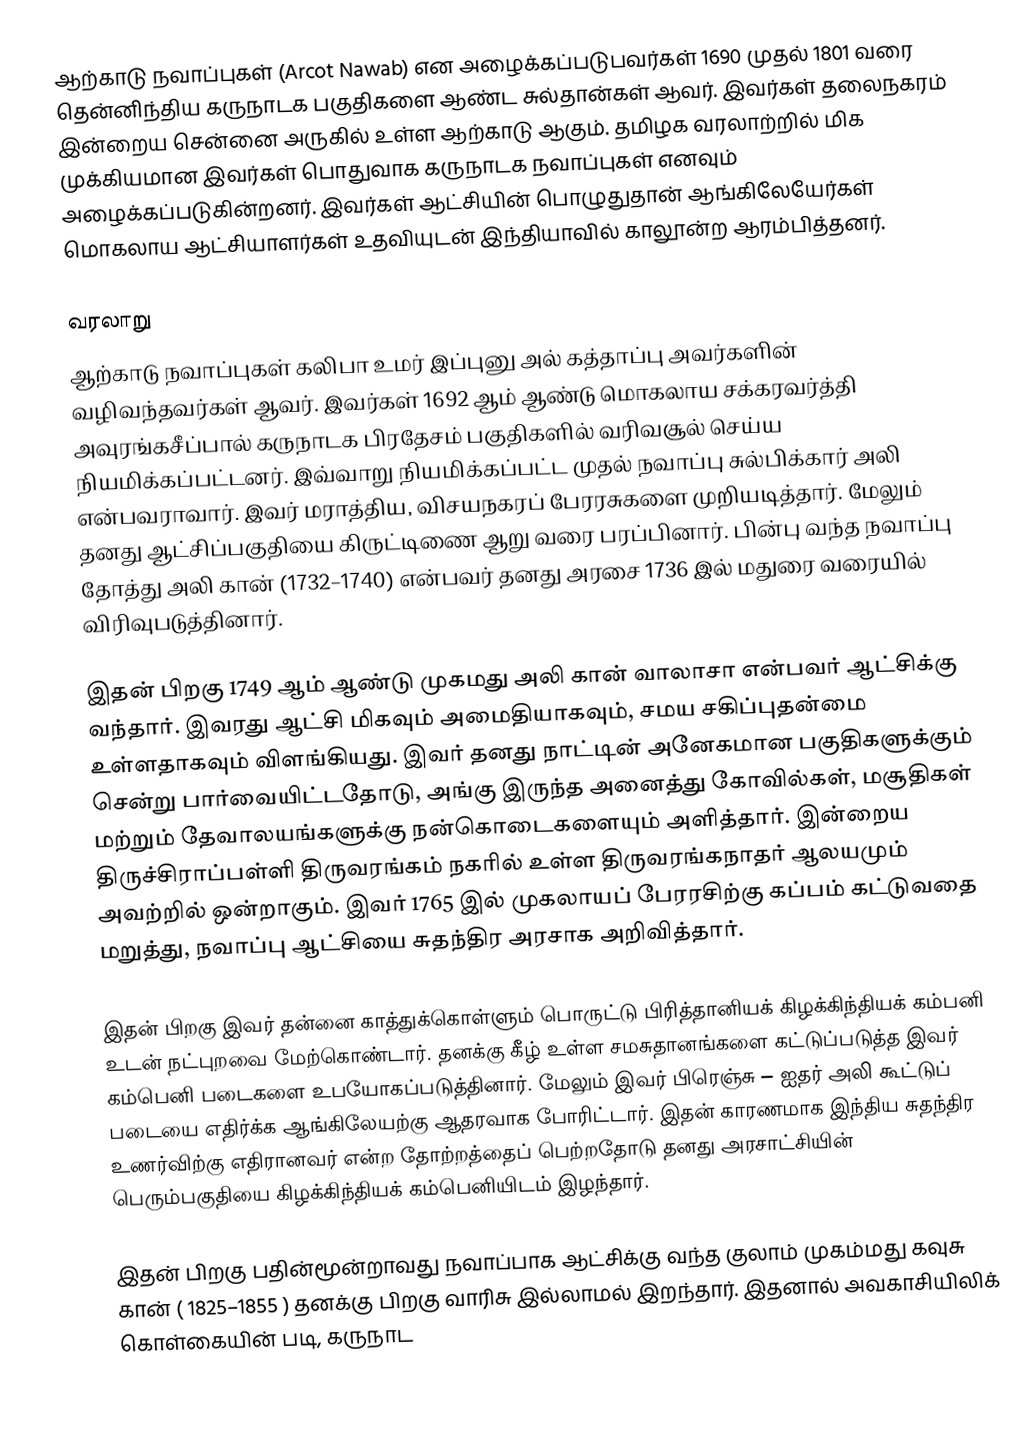
ஆற்காடு நவாப்புகள் (Arcot Nawab) என அழைக்கப்படுபவர்கள் 1690 முதல் 1801 வரை தென்னிந்திய கருநாடக பகுதிகளை ஆண்ட சுல்தான்கள் ஆவர்.  இவர்கள் தலைநகரம் இன்றைய சென்னை அருகில் உள்ள ஆற்காடு ஆகும். தமிழக வரலாற்றில் மிக முக்கியமான இவர்கள் பொதுவாக கருநாடக நவாப்புகள் எனவும் அழைக்கப்படுகின்றனர். இவர்கள் ஆட்சியின் பொழுதுதான் ஆங்கிலேயேர்கள் மொகலாய ஆட்சியாளர்கள் உதவியுடன்  இந்தியாவில் காலூன்ற ஆரம்பித்தனர்.

வரலாறு
ஆற்காடு நவாப்புகள் கலிபா உமர் இப்புனு அல் கத்தாப்பு அவர்களின் வழிவந்தவர்கள் ஆவர். இவர்கள் 1692 ஆம் ஆண்டு மொகலாய சக்கரவர்த்தி அவுரங்கசீப்பால் கருநாடக பிரதேசம் பகுதிகளில் வரிவசூல் செய்ய நியமிக்கப்பட்டனர். இவ்வாறு நியமிக்கப்பட்ட முதல் நவாப்பு சுல்பிக்கார் அலி என்பவராவார். இவர் மராத்திய, விசயநகரப் பேரரசுகளை முறியடித்தார். மேலும் தனது ஆட்சிப்பகுதியை கிருட்டிணை ஆறு வரை பரப்பினார். பின்பு வந்த நவாப்பு தோத்து அலி கான் (1732–1740)  என்பவர் தனது அரசை 1736 இல் மதுரை வரையில் விரிவுபடுத்தினார்.

இதன் பிறகு 1749 ஆம் ஆண்டு  முகமது அலி கான் வாலாசா என்பவர் ஆட்சிக்கு வந்தார். இவரது ஆட்சி மிகவும் அமைதியாகவும், சமய சகிப்புதன்மை உள்ளதாகவும் விளங்கியது. இவர் தனது நாட்டின் அனேகமான பகுதிகளுக்கும் சென்று பார்வையிட்டதோடு, அங்கு இருந்த அனைத்து கோவில்கள், மசூதிகள் மற்றும் தேவாலயங்களுக்கு நன்கொடைகளையும் அளித்தார். இன்றைய திருச்சிராப்பள்ளி திருவரங்கம் நகரில் உள்ள திருவரங்கநாதர் ஆலயமும் அவற்றில் ஒன்றாகும். இவர் 1765 இல் முகலாயப் பேரரசிற்கு கப்பம் கட்டுவதை மறுத்து, நவாப்பு ஆட்சியை சுதந்திர அரசாக அறிவித்தார்.

இதன் பிறகு இவர் தன்னை காத்துக்கொள்ளும் பொருட்டு பிரித்தானியக் கிழக்கிந்தியக் கம்பனி உடன் நட்புறவை மேற்கொண்டார்.  தனக்கு கீழ் உள்ள சமசுதானங்களை கட்டுப்படுத்த இவர் கம்பெனி படைகளை உபயோகப்படுத்தினார். மேலும் இவர் பிரெஞ்சு – ஐதர் அலி கூட்டுப் படையை எதிர்க்க ஆங்கிலேயற்கு ஆதரவாக போரிட்டார். இதன் காரணமாக இந்திய சுதந்திர உணர்விற்கு எதிரானவர் என்ற தோற்றத்தைப் பெற்றதோடு தனது அரசாட்சியின் பெரும்பகுதியை கிழக்கிந்தியக் கம்பெனியிடம் இழந்தார்.

இதன் பிறகு பதின்மூன்றாவது நவாப்பாக ஆட்சிக்கு வந்த குலாம் முகம்மது கவுசு கான் ( 1825–1855 ) தனக்கு பிறகு வாரிசு இல்லாமல் இறந்தார். இதனால் அவகாசியிலிக் கொள்கையின் படி,  கருநாட